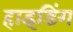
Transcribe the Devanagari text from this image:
हाइडिंग